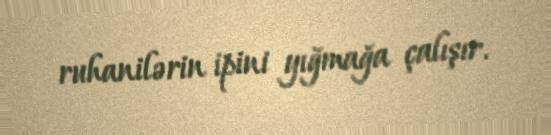
ruhanilərin ipini yığmağa çalışır.